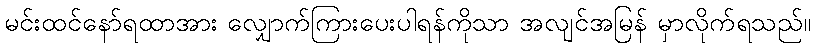
မင်းထင်နော်ရထာအား လျှောက်ကြားပေးပါရန်ကိုသာ အလျင်အမြန် မှာလိုက်ရသည်။